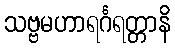
သဗ္ဗမဟာရင်္ဂရတ္တာနိ